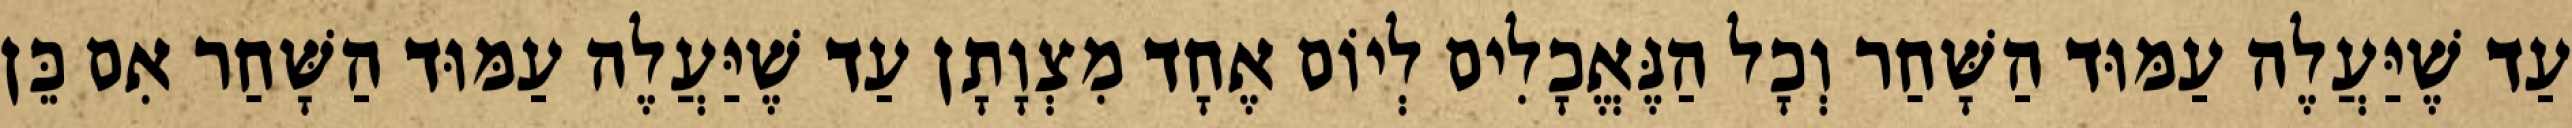
עַד שֶׁיַּעֲלֶה עַמּוּד הַשָּׁחַר וְכָל הַנֶּאֱכָלִים לְיוֹם אֶחָד מִצְוָתָן עַד שֶׁיַּעֲלֶה עַמּוּד הַשָּׁחַר אִם כֵּן